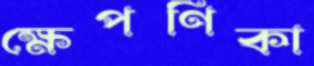
ক্ষেপণিকা